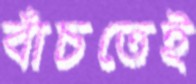
বাঁচতেই